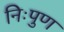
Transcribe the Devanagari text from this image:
निःपुण